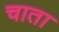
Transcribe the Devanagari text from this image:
चाता